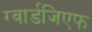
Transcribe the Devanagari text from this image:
ग्वार्डजिएफ